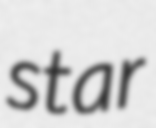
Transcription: star